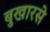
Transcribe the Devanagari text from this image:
बुखारसे